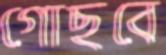
গোছবে